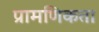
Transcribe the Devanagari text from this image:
प्रामणिकता